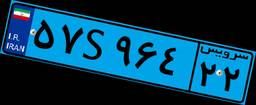
۵۷S۹۶۴۲۲